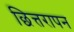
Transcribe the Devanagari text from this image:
छित्तरापन